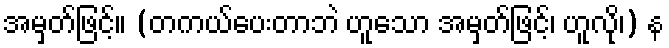
အမှတ်ဖြင့်။ (တကယ်ပေးတာဘဲ ဟူသော အမှတ်ဖြင့်၊ ဟူလို၊) န